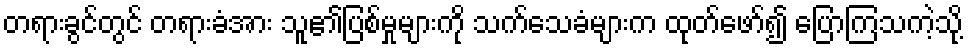
တရားခွင်တွင် တရားခံအား သူ၏ပြစ်မှုများကို သက်သေခံများက ထုတ်ဖော်၍ ပြောကြသကဲ့သို့